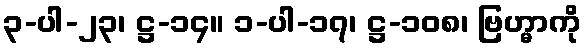
၃-ပါ-၂၃၊ ဋ္ဌ-၁၄။ ၁-ပါ-၁၇၊ ဋ္ဌ-၁၀၈၊ ဗြဟ္မာကို